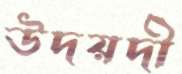
উদয়দী